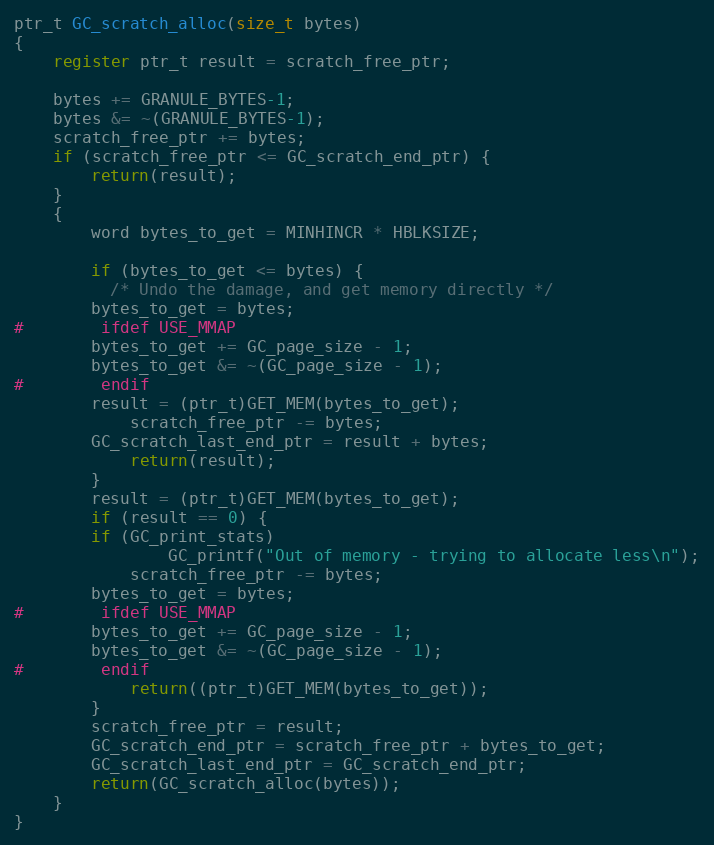
Language: C
ptr_t GC_scratch_alloc(size_t bytes)
{
    register ptr_t result = scratch_free_ptr;

    bytes += GRANULE_BYTES-1;
    bytes &= ~(GRANULE_BYTES-1);
    scratch_free_ptr += bytes;
    if (scratch_free_ptr <= GC_scratch_end_ptr) {
        return(result);
    }
    {
        word bytes_to_get = MINHINCR * HBLKSIZE;

        if (bytes_to_get <= bytes) {
          /* Undo the damage, and get memory directly */
	    bytes_to_get = bytes;
#	    ifdef USE_MMAP
		bytes_to_get += GC_page_size - 1;
		bytes_to_get &= ~(GC_page_size - 1);
#	    endif
	    result = (ptr_t)GET_MEM(bytes_to_get);
            scratch_free_ptr -= bytes;
	    GC_scratch_last_end_ptr = result + bytes;
            return(result);
        }
        result = (ptr_t)GET_MEM(bytes_to_get);
        if (result == 0) {
	    if (GC_print_stats)
                GC_printf("Out of memory - trying to allocate less\n");
            scratch_free_ptr -= bytes;
	    bytes_to_get = bytes;
#	    ifdef USE_MMAP
		bytes_to_get += GC_page_size - 1;
		bytes_to_get &= ~(GC_page_size - 1);
#	    endif
            return((ptr_t)GET_MEM(bytes_to_get));
        }
        scratch_free_ptr = result;
        GC_scratch_end_ptr = scratch_free_ptr + bytes_to_get;
        GC_scratch_last_end_ptr = GC_scratch_end_ptr;
        return(GC_scratch_alloc(bytes));
    }
}